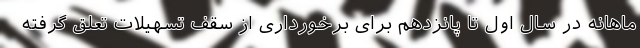
ماهانه در سال اول تا پانزدهم برای برخورداری از سقف تسهیلات تعلق گرفته